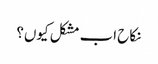
نکاح اب مشکل کیوں؟